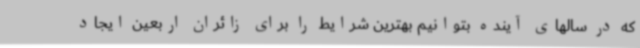
که در سالهای آینده بتوانیم بهترین شرایط را برای زائران اربعین ایجاد